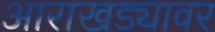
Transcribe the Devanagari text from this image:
आराखड्यावर